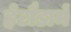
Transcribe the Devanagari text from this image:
हेटौडामे